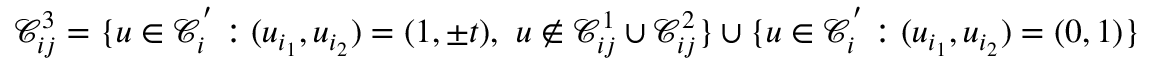
\mathcal { C } _ { i j } ^ { 3 } = \{ \boldsymbol { u } \in \mathcal { C } _ { i } ^ { ' } : ( u _ { i _ { 1 } } , u _ { i _ { 2 } } ) = ( 1 , \pm t ) , \ \boldsymbol { u } \notin \mathcal { C } _ { i j } ^ { 1 } \cup \mathcal { C } _ { i j } ^ { 2 } \} \cup \{ \boldsymbol { u } \in \mathcal { C } _ { i } ^ { ' } : ( u _ { i _ { 1 } } , u _ { i _ { 2 } } ) = ( 0 , 1 ) \}